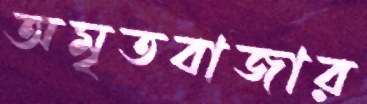
অমৃতবাজার